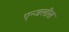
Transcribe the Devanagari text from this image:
एन्जलीस